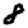
Digit: 8